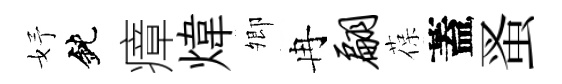
妤鈍瘴煒𡖖冉翩葆蓋蚤